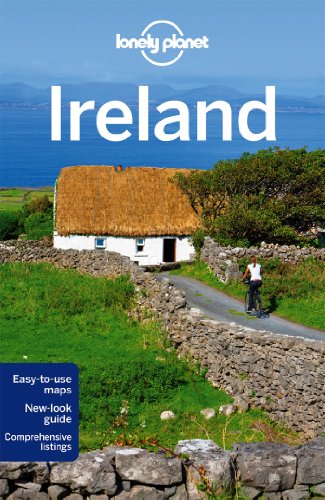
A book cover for Lonely Planet Ireland (Travel Guide); Lonely Planet; Travel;